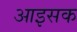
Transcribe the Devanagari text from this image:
आइसक